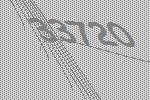
33720